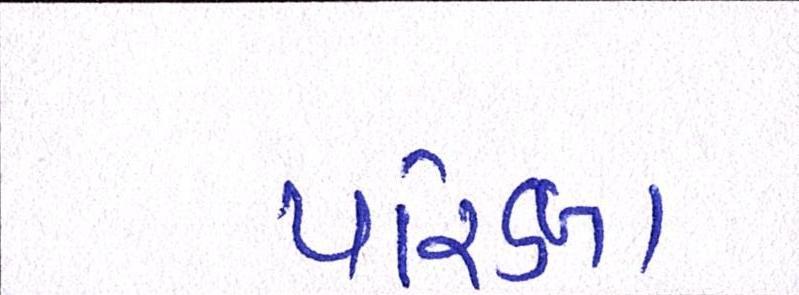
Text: પરિક્ષા